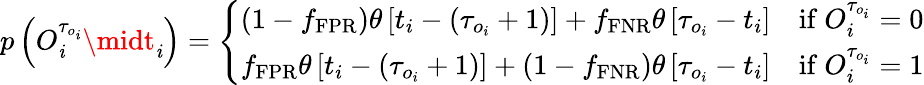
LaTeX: p\left(O_{\mathit{i}}^{\tau_{o_{\mathit{i}}}}\midt_{\mathit{i}}\right)=\left\{ \begin{array}{ll}{\left(1-f_{\mathrm{FPR}}\right)\theta\left[t_{i}-\left(\tau_{o_{i}}+1\right)\right]+f_{\mathrm{FNR}}\theta\left[\tau_{o_{i}}-t_{i}\right]}&{\mathrm{if~}O_{i}^{\tau_{o_{i}}}=0}\\ {f_{\mathrm{FPR}}\theta\left[t_{i}-\left(\tau_{o_{i}}+1\right)\right]+\left(1-f_{\mathrm{FNR}}\right)\theta\left[\tau_{o_{i}}-t_{i}\right]}&{\mathrm{if~}O_{i}^{\tau_{o_{i}}}=1}\end{array}\right.